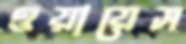
ওয়ায়েস